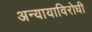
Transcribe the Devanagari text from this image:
अन्यायाविरोधी